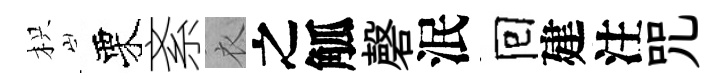
枳栗紊衣之觚磬泯囘建注咒